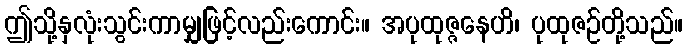
ဤသို့နှလုံးသွင်းကာမျှဖြင့်လည်းကောင်း။ အပုထုဇ္ဇနေဟိ၊ ပုထုဇဉ်တို့သည်။